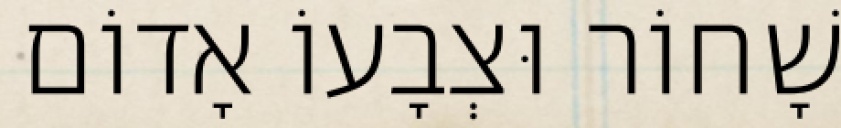
שָׁחוֹר וּצְבָעוֹ אָדוֹם